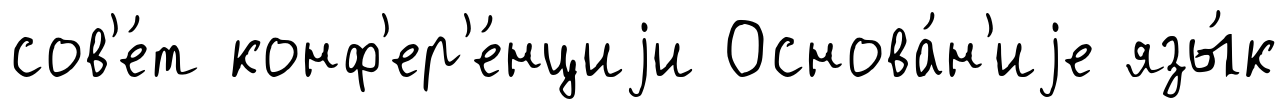
сов'е́т конф'ер'е́нциjи Основа́н'иjе язы́к